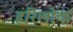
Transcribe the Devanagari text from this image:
हरिलोक